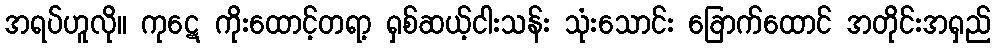
အရပ်ဟူလို။ ကုဋေ ကိုးထောင့်တရာ့ ရှစ်ဆယ့်ငါးသန်း သုံးသောင်း ခြောက်ထောင် အတိုင်းအရှည်